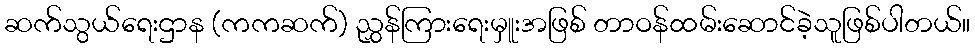
ဆက်သွယ်ရေးဌာန (ကကဆက်) ညွှန်ကြားရေးမှူးအဖြစ် တာဝန်ထမ်းဆောင်ခဲ့သူဖြစ်ပါတယ်။